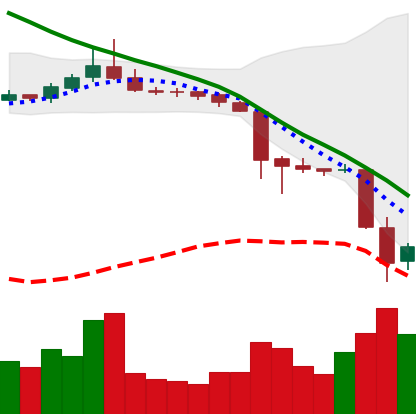
Ticker: TRX-USD
Chart end date: 2018-11-21
Forward return: -20.813%
Label: down_7plus